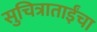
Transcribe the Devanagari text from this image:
सुचित्राताईंचा